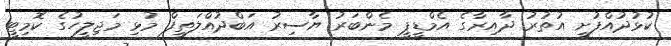
ކުޅުދުއްފުށީ އުތުރު ދާއިރާގެ އެމްޑީޕީ މެންބަރު ޔާސިރު އަބްދުއްލަތީފް މުޅި މަޖިލީހުގެ ކޮމިޓީ